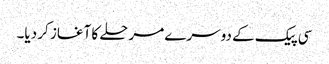
سی پیک کے دوسرے مرحلے کا آغاز کر دیا۔